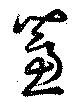
藘